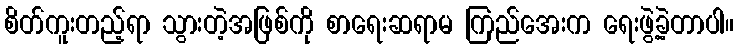
စိတ်ကူးတည့်ရာ သွားတဲ့အဖြစ်ကို စာရေးဆရာမ ကြည်အေးက ရေးဖွဲ့ခဲ့တာပါ။